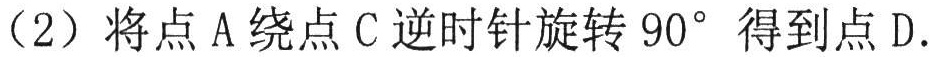
（2）将点\(A\)绕点\(C\)逆时针旋转\(90^{\circ}\)得到点\(D\).